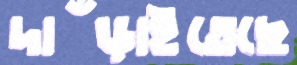
দাঁড়াইতেছে